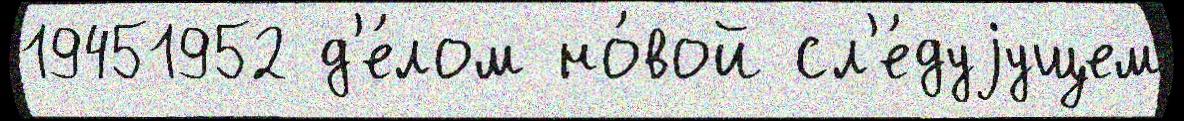
19451952 д'е́лом но́вой сл'е́дуjущем